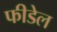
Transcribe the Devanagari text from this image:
फीडेल